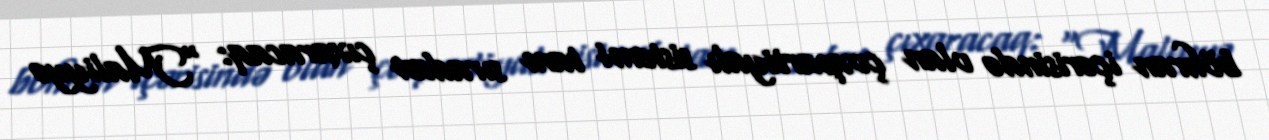
böhran içərisində olan çoxpartiyalı sistemi tam sıradan çıxaracaq: “Maliyyə